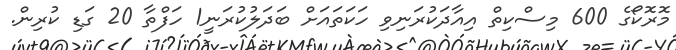
މޮރޮކޯގެ 600 މިސްކިތް އިއާދަކުރަނިވި ހަކަތައަށް ބަދަލުކުރަނީ1 ހަފްތާ 20 ގަޑި ކުރިން.